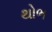
થોભ